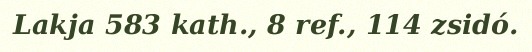
Lakja 583 kath., 8 ref., 114 zsidó.